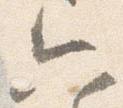
六